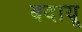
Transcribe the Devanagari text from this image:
बदायू